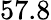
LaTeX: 57.8